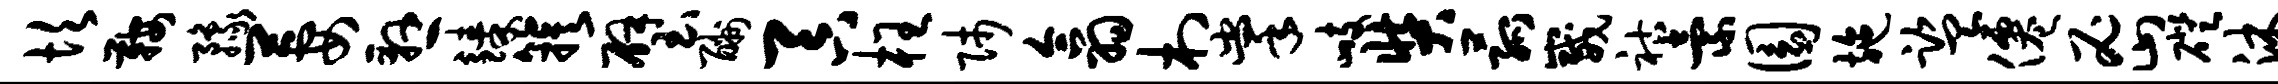
坎鞍豫萋悬臻簇璧酬吞枉师翕村掌峙奘菰崴祜索圜施监仙密磴沐